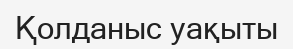
Қолданыс уақыты